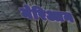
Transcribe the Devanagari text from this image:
मेरिआन